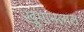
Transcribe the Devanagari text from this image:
खुमानलाल